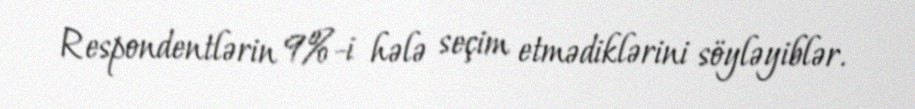
Respondentlərin 9%-i hələ seçim etmədiklərini söyləyiblər.